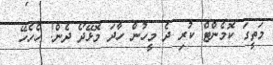
މަތީގަ ކޮމެންޓް ކުރި ދެ މީހުުން ހާދަ މޮޅޭދޯ ދެން! ހެހެހޭ ?